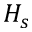
H _ { s }